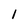
Character: 1